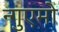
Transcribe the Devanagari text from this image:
न्गुएमो